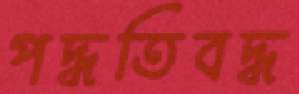
পদ্ধতিবদ্ধ